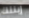
إبنتك